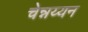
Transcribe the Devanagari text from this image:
चेन्नय्यन